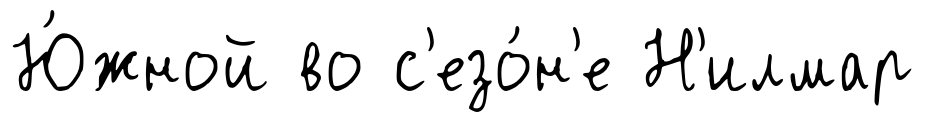
Ю́жной во с'езо́н'е Н'илмар